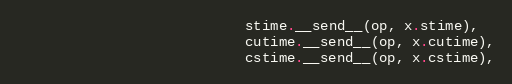
Language: Ruby
                           stime.__send__(op, x.stime),
                           cutime.__send__(op, x.cutime),
                           cstime.__send__(op, x.cstime),